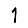
Digit: 1